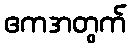
ဧကအတွက်